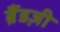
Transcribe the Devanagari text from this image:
ब्रैंडज़ी